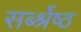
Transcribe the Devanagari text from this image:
सर्ब्श्रेष्ठ